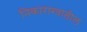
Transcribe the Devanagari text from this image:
निकाराग्वातील